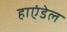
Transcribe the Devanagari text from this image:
हाएंडेल